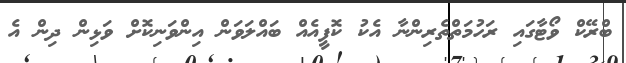
ބްރޭކް ވޯޓާގައި ރަހުމަތްތެރިންނާ އެކު ކޮފީއެއް ބައްލަވަން އިންވަނިކޮށް ވަޅިން ދިން އެ